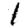
Digit: 1